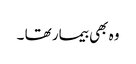
وہ بھی بیمار تھا ۔